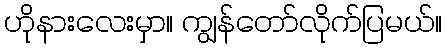
ဟိုနားလေးမှာ။ ကျွန်တော်လိုက်ပြမယ်။